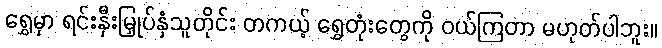
ရွှေမှာ ရင်းနှီးမြှုပ်နှံသူတိုင်း တကယ့် ရွှေတုံးတွေကို ဝယ်ကြတာ မဟုတ်ပါဘူး။